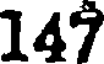
147